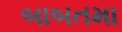
બાબતમા